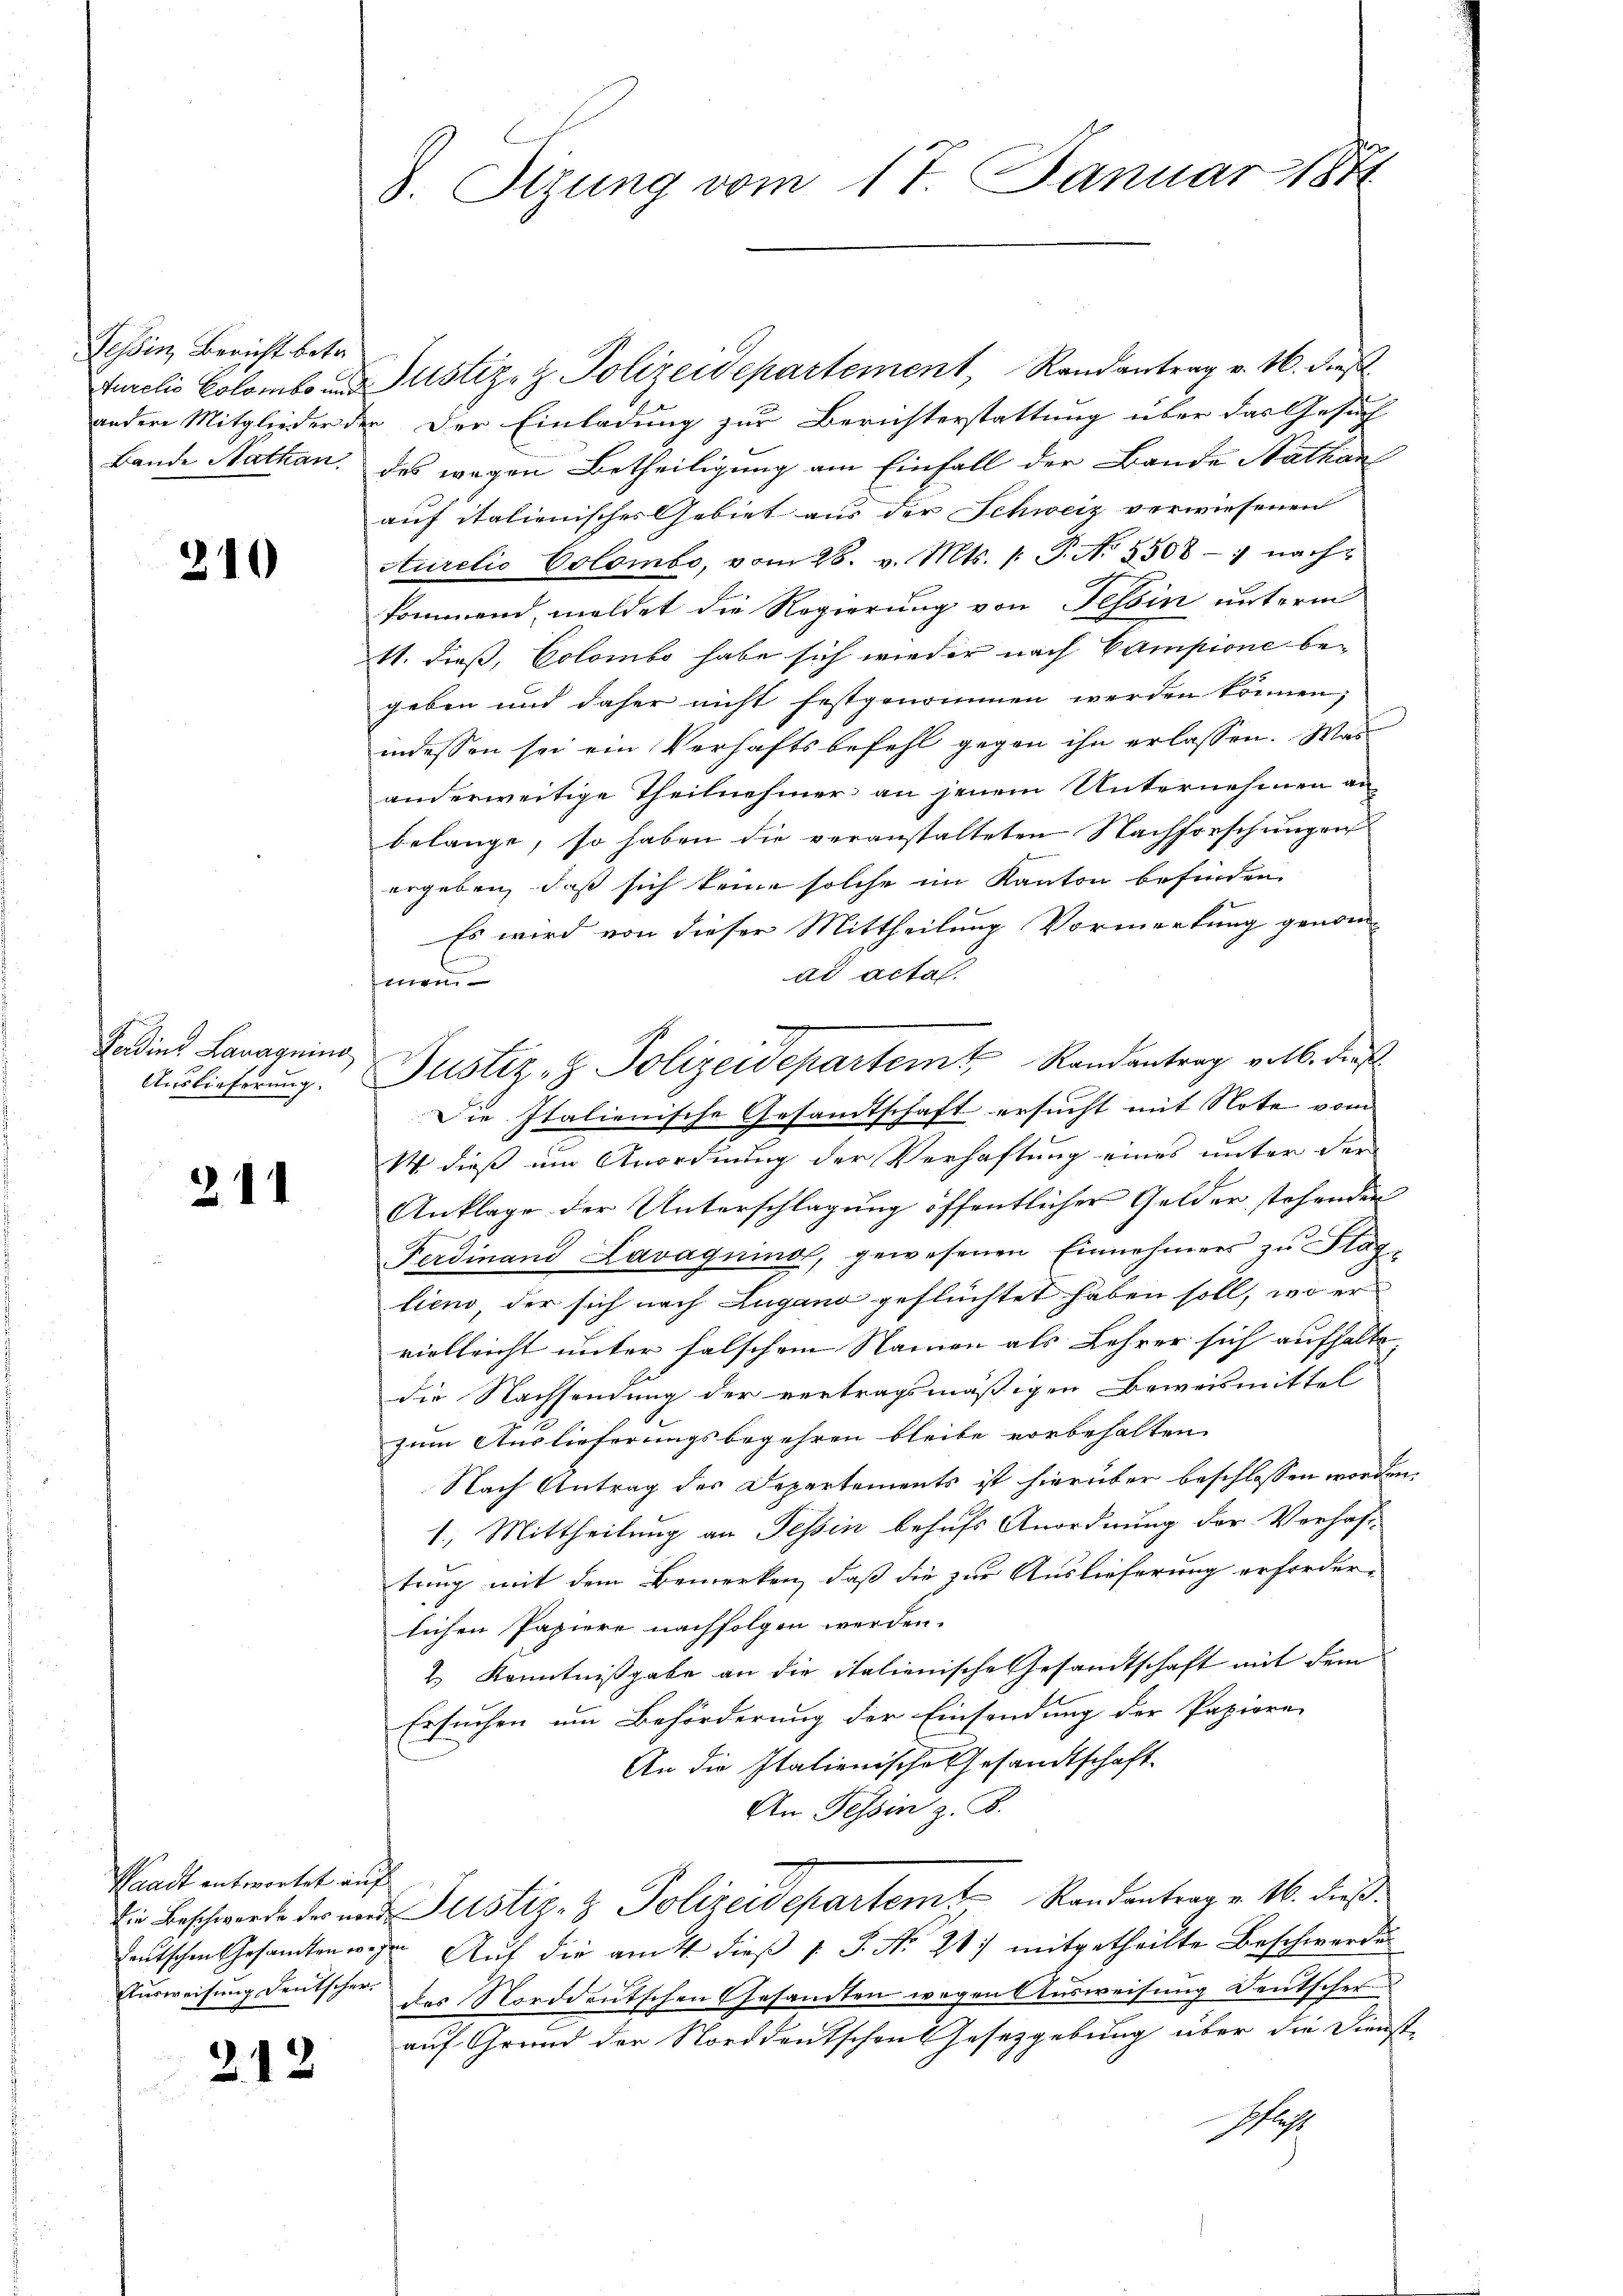
Tessin, Bericht betr.

210

Ferdines Lanagning
Auslieferung.

211

Waadt antwortet auf

212

8. Stzung vom 17. Januar 1871

Jurclis Colomborustiz- & Polizeidepartement, Randantrag v. 16. dies
andere Mitglieder der Der Einladung zur Berichterstattung über das Gesuch
Bande Nathan, des wegen Betheiligung am Einfall der Bande Nathan
auf italienisches Gebiet aus der Schweiz verwiesenen
Aurelio Colombo, vom 28. v. Mts. /: P. N. 5508 - nach-
kommend, meldet die Regierung von Tessin unterm
11. dieß, Colombo habe sich wieder nach Campione begeben und daher nicht festgenommen werden können;
indessen sei ein Verhaftsbefehl gegen ihn erlassen. Was
anderweitige Theilnehmer an jenem Unternehmen anbelange, so haben die veranstalteten Nachforschungen
ergeben, daß sich keine solche im Kanton befinden
Es wird von dieser Mittheilung Vormerkung genom-
n
ad acta.
men.
Justiz- & Polizeidepartem Randantrag voll. dies
Die Italienische Gesandtschaft ersucht mit Note vom
W. dieß um Anordnung der Verhaftung eines unter der
Anklage der Unterschlagung öffentlicher Gelder stehenden
Ferdinand Lavaquino, gewesenen Einnehmers zu tag-
lieno der sich nach Lugano geflüchtet haben soll, wo er
vielleicht unter falschem Namen als Lehrer sich aufhalte
die Nachsendung der vertragsmäßigen Beweismittel
zum Auslieferungsbegehren bleibe vorbehalten.
Nach Antrag des Departements ist hierüber beschlossen worden.
1.) Mittheilung an Tessin behufs Anordnung der Verhaf
tring mit dem Bemerken, daß die zur Auslieferung erforder-
lichen Papiere nachfolgen werden.
2.) Kenntnißgabe an die italienische Gesandtschaft mit dem
Ersuchen um Beförderung der Einsendung der Papiere
An die Italienische Gesandtschaft.
An Tessin z. B.
Die Beschwerde der und Justiz- & Polizeidepartemt Randantrag v. 16. dießeutschen Gesamten wegen Aŭf die am 4. dieβ 1 S. No. 31. mitgetheilte Beschwerden
Ausweisung deutscher des Norddeutschen Gesandten wegen Ausweisung Deutscher
auf Grund der Norddeutschen Gesetzgebung über die Dienste
Schaft